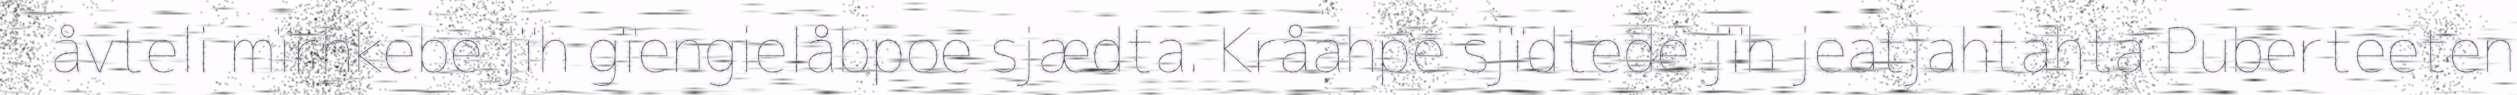
åvteli mïrhkebe jïh gïengielåbpoe sjædta. Kråahpe sjïdtede jïh jeatjahtahta Puberteeten